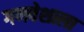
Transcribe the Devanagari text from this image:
गणवेशाला